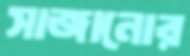
সাজানোর